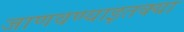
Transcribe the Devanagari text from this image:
जाणवण्याइतक्या